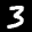
Label: 3